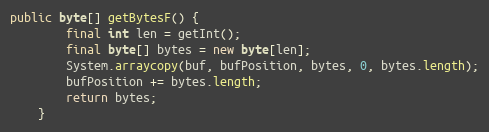
Language: Java
public byte[] getBytesF() {
		final int len = getInt();
		final byte[] bytes = new byte[len];
		System.arraycopy(buf, bufPosition, bytes, 0, bytes.length);
		bufPosition += bytes.length;
		return bytes;
	}